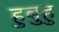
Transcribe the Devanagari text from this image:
हुबुहु